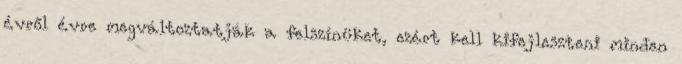
évről évre megváltoztatják a felszínüket, ezért kell kifejleszteni minden